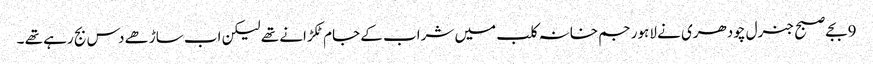
9بجے صبح جنرل چودھری نے لاہور جم خانہ کلب میں شراب کے جام ٹکڑانے تھے لیکن اب ساڑھے دس بج رہے تھے ۔